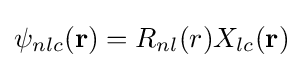
\psi _{nlc}(\mathbf {r} )=R_{nl}(r)X_{lc}(\mathbf {r} )